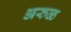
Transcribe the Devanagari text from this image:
अरुळ